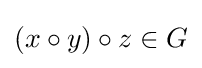
(x\circ y)\circ z\in G